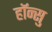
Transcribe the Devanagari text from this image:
हाॅन्सु